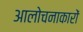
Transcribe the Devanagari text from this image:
आलोचनाकारों